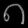
Digit: ၈